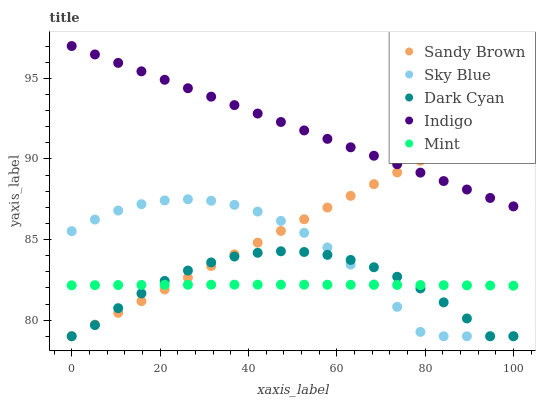
| xaxis_label | Sandy Brown | Sky Blue | Dark Cyan | Indigo | Mint |
 | --- | --- | --- | --- | --- | --- |
 | 0 | 79 | 85.5 | 79 | 97 | 82.2 |
 | 5.26 | 79.7 | 86.2 | 79.7 | 96.5 | 82.2 |
 | 10.5 | 80.5 | 86.8 | 80.7 | 96 | 82.2 |
 | 15.8 | 81.2 | 87.2 | 81.7 | 95.4 | 82.2 |
 | 21.1 | 81.9 | 87.4 | 82.4 | 94.9 | 82.2 |
 | 26.3 | 82.6 | 87.5 | 83.1 | 94.4 | 82.2 |
 | 31.6 | 83.4 | 87.4 | 83.6 | 93.9 | 82.2 |
 | 36.8 | 84.1 | 87.1 | 83.9 | 93.3 | 82.2 |
 | 42.1 | 84.8 | 86.7 | 84.2 | 92.8 | 82.2 |
 | 47.4 | 85.5 | 86.2 | 84.3 | 92.3 | 82.2 |
 | 52.6 | 86.3 | 85.4 | 84.2 | 91.8 | 82.2 |
 | 57.9 | 87 | 84.5 | 84 | 91.2 | 82.2 |
 | 63.2 | 87.7 | 83.4 | 83.7 | 90.7 | 82.2 |
 | 68.4 | 88.4 | 82.2 | 83.3 | 90.2 | 82.2 |
 | 73.7 | 89.2 | 80.8 | 82.7 | 89.7 | 82.2 |
 | 78.9 | 89.9 | 79.3 | 82 | 89.1 | 82.2 |
 | 84.2 | 90.6 | 79 | 81.1 | 88.6 | 82.2 |
 | 89.5 | 91.3 | 79 | 80.1 | 88.1 | 82.2 |
 | 94.7 | 92.1 | 79 | 79 | 87.6 | 82.1 |
 | 100 | 92.8 | 79 | 79 | 87.1 | 82.1 |